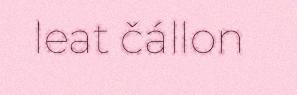
leat čállon